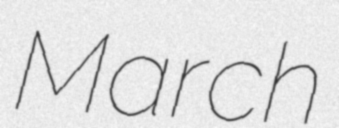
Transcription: March